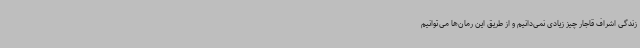
زندگی اشراف قاجار چیز زیادی نمی‌دانیم و از طریق این رمان‌ها می‌توانیم